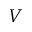
V